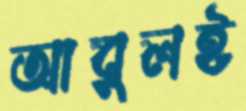
আবুলই